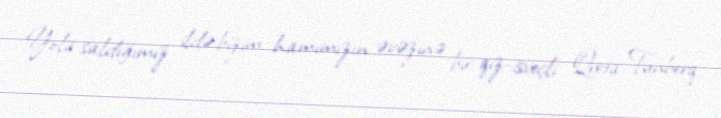
Yola saldığımız ildə bizim hamımızın əvəzinə bir qız-isveçli Qreta Tunberq